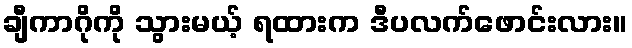
ချီကာဂိုကို သွားမယ့် ရထားက ဒီပလက်ဖောင်းလား။